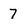
Character: 7